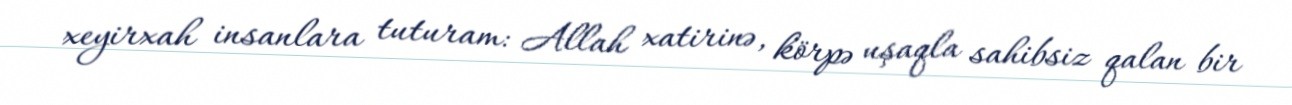
xeyirxah insanlara tuturam: Allah xatirinə, körpə uşaqla sahibsiz qalan bir